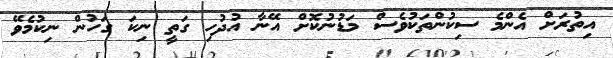
އިތުރަށް އެންމެ ސިކުންތަކުވެސް މަޑުނުކޮށް އޭނާ އުދުހި ގަތީ ނިކަ ގަހުން ނިކުމެވޭ